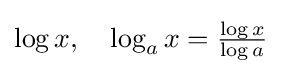
\textstyle \log x,\quad \log _{a}x={\frac {\log x}{\log a}}